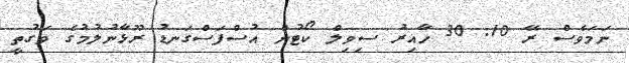
ނަމަވެސް ރޭ 10. 30 ހާއިރު ސިވިލް ކޯޓުން އުސްފަސްގަނޑު ރޫޅާނުލުމުގެ ވަގުތީ